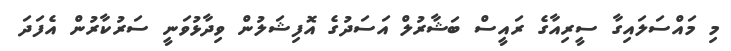
މި މައްސަލައިގާ ސީރިއާގެ ރައީސް ބަޝާރުލް އަސަދުގެ އޮފިޝަލުން ވިދާޅުވަނީ ސަރުކާރުން އެފަދަ